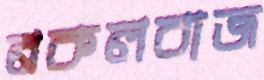
নকলবাজ